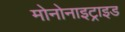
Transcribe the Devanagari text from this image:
मोनोनाइट्राइड